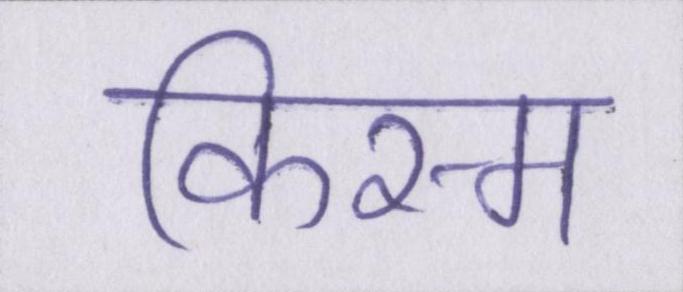
किस्म